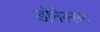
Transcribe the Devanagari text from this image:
डोनेल्सन